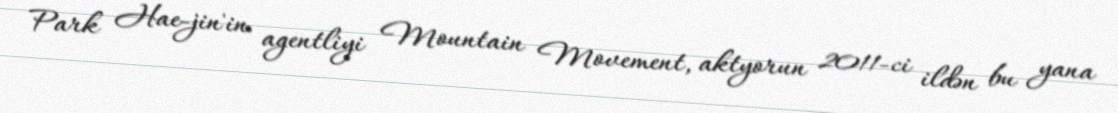
Park Hae-jin'in agentliyi Mountain Movement, aktyorun 2011-ci ildən bu yana